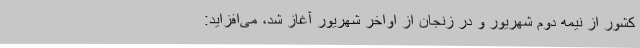
کشور از نیمه دوم شهریور و در زنجان از اواخر شهریور آغاز شد، می‌افزاید: